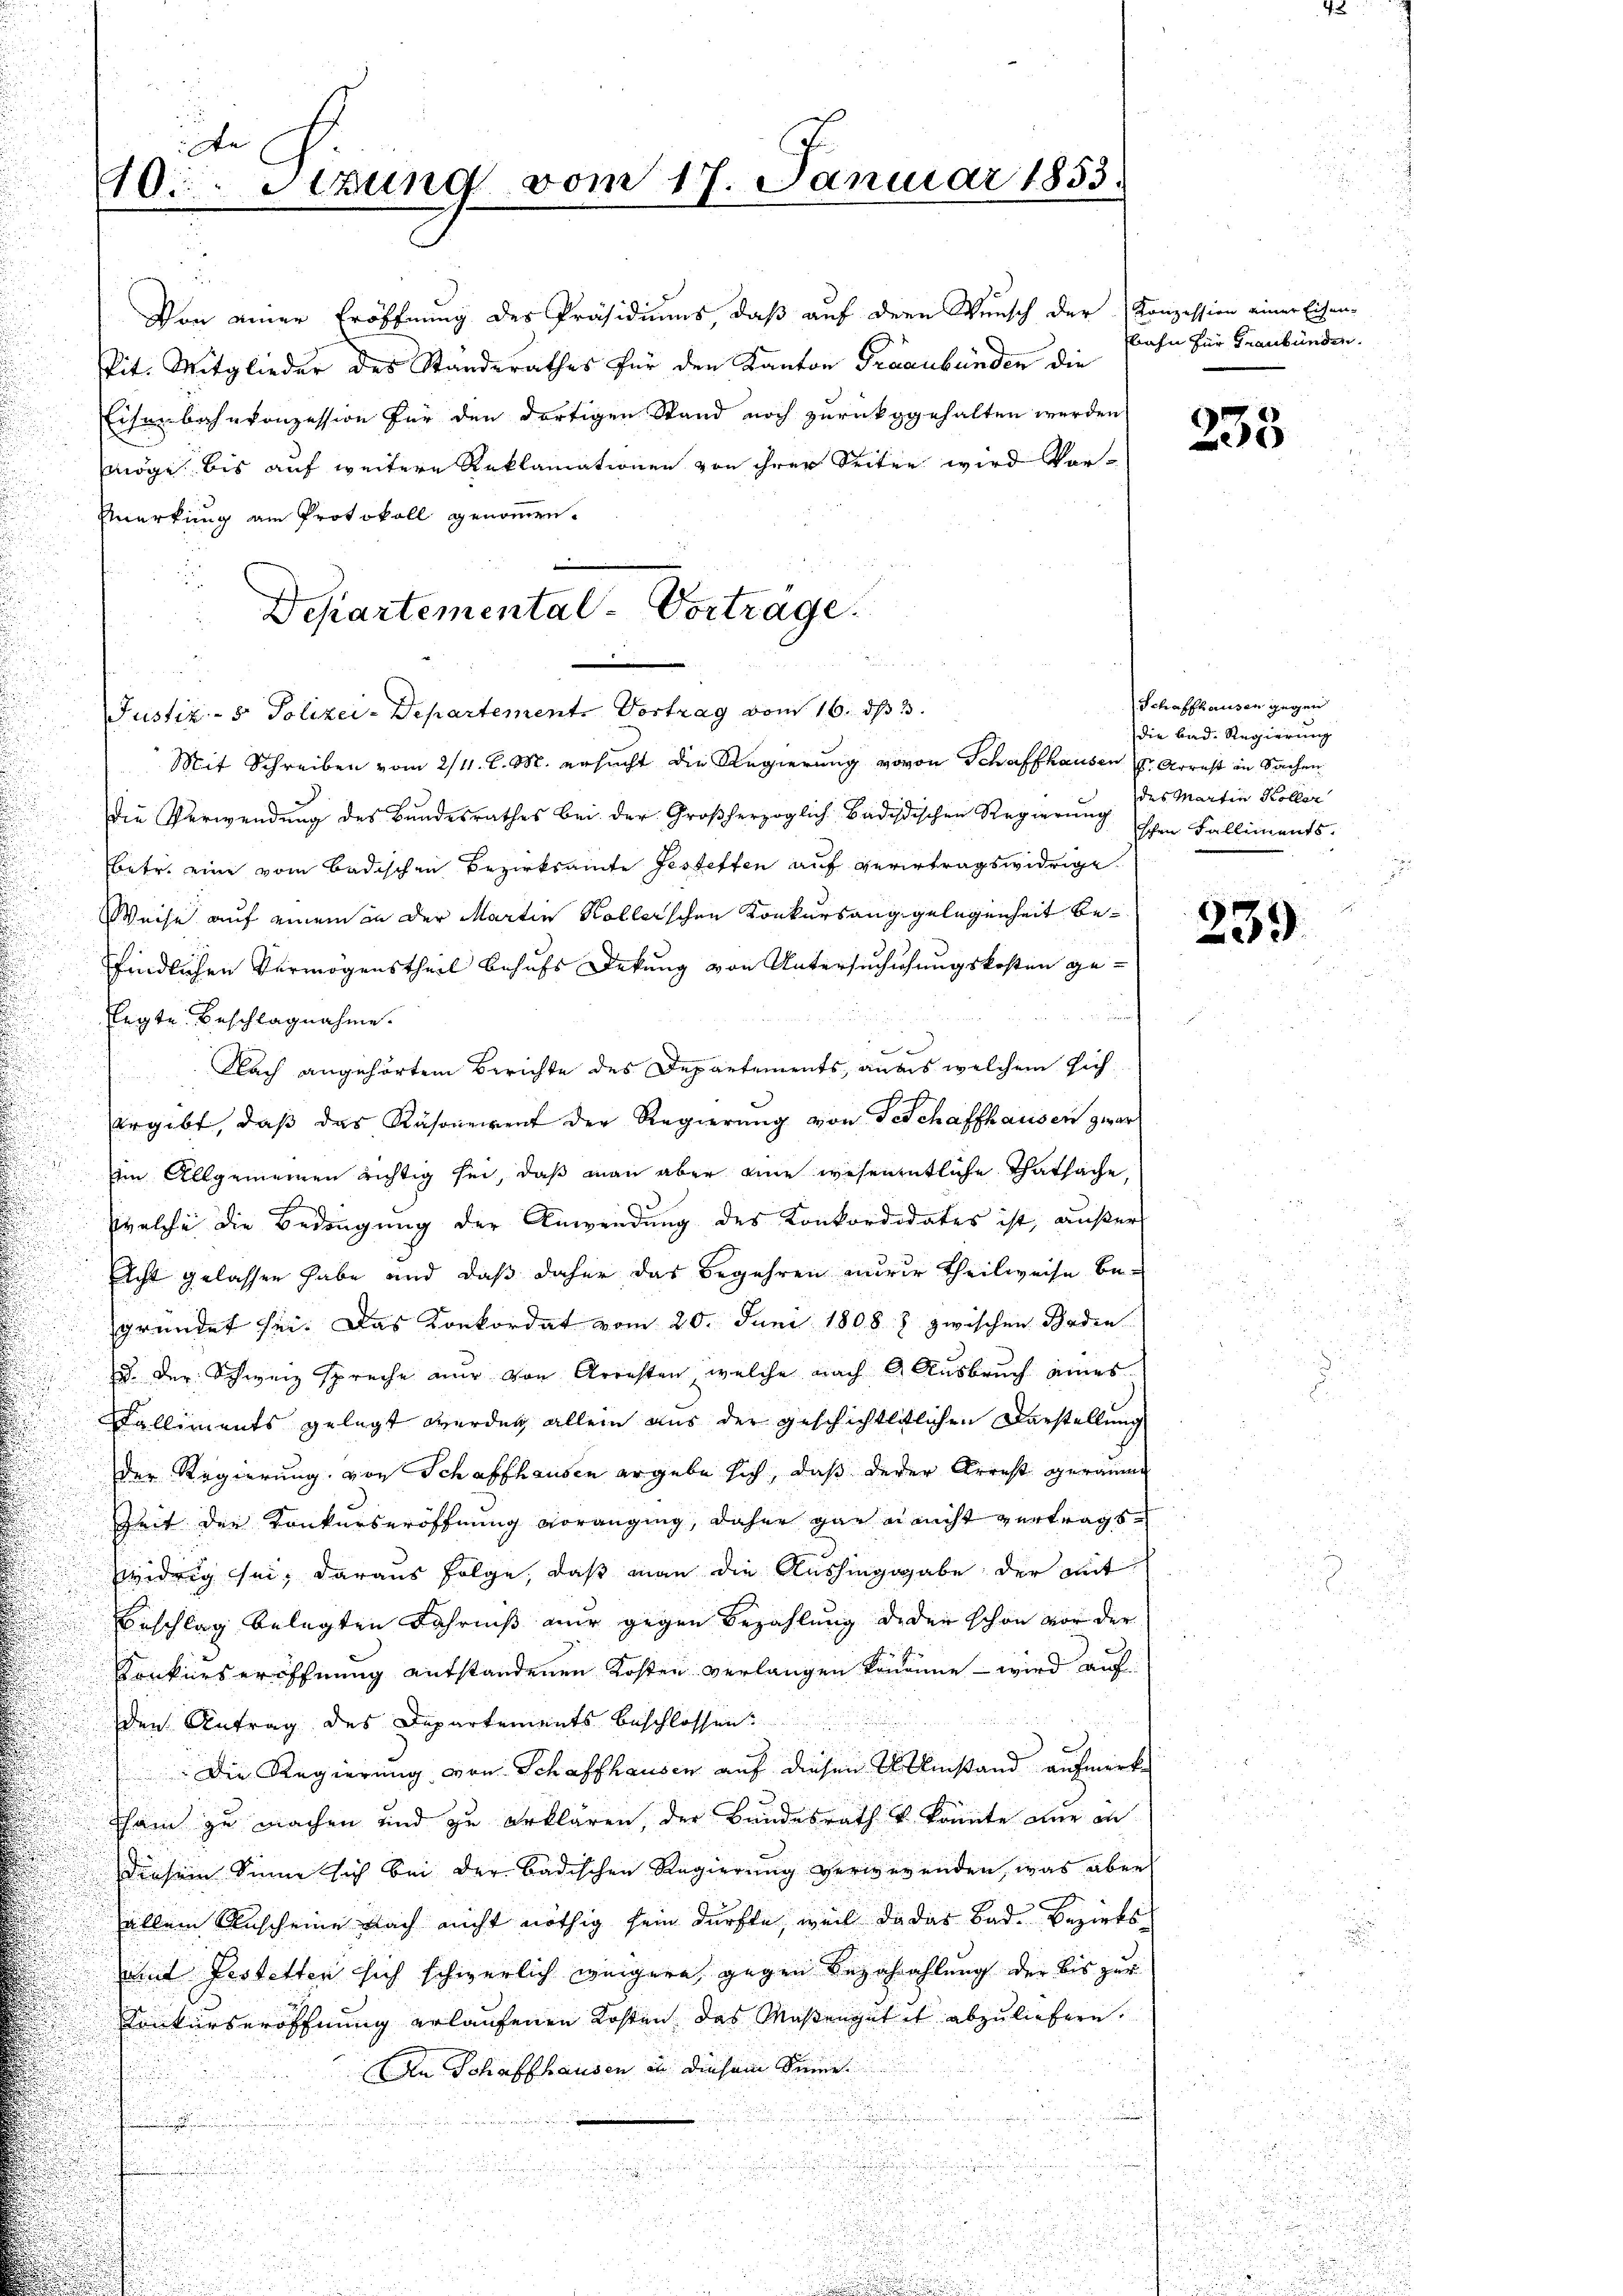
Von einer Eröffnung des Präsidiums, daß auf dem Wunsch der Konzession einer Eisen-
Pit. Mitglieder des Standerathes für den Kanton Graubünden die
Eisenbahnkonzession für den dortigen Stand noch zurückgehalten werden,
möge, bis auf weitere Reklamationen von ihrer Seiten wird Vor¬
Mmerkung am Protokoll genommen.
Die Verwendung des Bundesrathes bei der Großherzoglich-Badistischen Regierung
Betr. eine vom badischen Bezirksamte Gestetten auf verertragswidrige
Weise auf einem in der Martin Kollerschen Konkursanggelegenheit befindlichen Vermögenstheil behufs Dekung von Untersuchuchungskosten gelegte Beschlagnahme.
Nach angehörtem Berichte des Departements, anals welchem sichergibt, daß das Räsonenrent der Regierung von Geschaffhausen zwar
im Allgemeinen richtig sei, daß man aber eine wesenentliche Thatsache,
welche die Bedingung der Anwendung des Konkordidates ist, außer
Eicht gelassen habe und daß daher das Begehren nurer Theilweise begründet sei. Das Konkordat vom 20. Juni 1808 z zwischen Baden
zu der Schweiz spreche nur von Arresten, welche nach Ausbruch eines
Kalliments gelegt werden, allein aus der geschichtlitlichen Darstellung
der Regierung von Schaffhausen ergebe sich, daß derer Arrest geraume
Zeit der Konkurseröffnung voranging, daher gar in nicht vertragswidrig sei, daraus folge, daß man die Aushingabe der mit
Beschlag belegten Fahrnis nur gegen Bezahlung deder schon vor der
Konkurseröffnung entstandenen Kosten verlangen könne, – wird auf
den Antrag des Departements beschlossen:
t
Die Regierung von Schaffhausen auf diesen Umstand aufmerk¬
Sham zu machen und zu erklären, der Bundesrath v. konnte nur an
diesem Sinne sich bei der badischen Regierung verwegenden, was aber
allein Anscheine nach nicht nöthig sein dürfte, weil da das Bad. Bezirksmit Festetten sich schwerlich weigere gegen Bezahahlung der bis zur
Konkurseröffnung erlaufenen Kosten, das Maßengut et abzuliefern.
An Schaffhausen in diesem Sinne

i

u

t
40. Sizung vom 17. Januar 1853.

Departemental-Vorträge.
Justiz- & Polizei-Departemente Vortrag vom 16. ds 3.
Mit Schreiben vom 2/4. l. M. ersucht die Regierung wovon Schaffhausen Arrest in Sachen

bahn für Graubünden

233

Schaffhausen gegen
die Bad. Regierung
des Martin Koller
ischen Falliments.

2
.